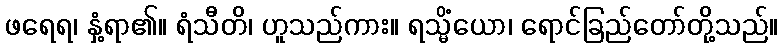
ဖရေရ၊ နှံ့ရာ၏။ ရံသီတိ၊ ဟူသည်ကား။ ရသ္မိံယော၊ ရောင်ခြည်တော်တို့သည်။